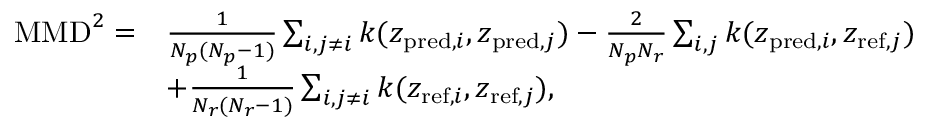
\begin{array} { r l } { \mathrm { M M D } ^ { 2 } = } & { \frac { 1 } { N _ { p } ( N _ { p } - 1 ) } \sum _ { i , j \ne i } k ( z _ { \mathrm { p r e d } , i } , z _ { \mathrm { p r e d } , j } ) - \frac { 2 } { N _ { p } N _ { r } } \sum _ { i , j } k ( z _ { \mathrm { p r e d } , i } , z _ { \mathrm { r e f } , j } ) } \\ & { + \frac { 1 } { N _ { r } ( N _ { r } - 1 ) } \sum _ { i , j \ne i } k ( z _ { \mathrm { r e f } , i } , z _ { \mathrm { r e f } , j } ) , } \end{array}